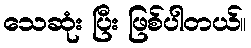
သေဆုံး ပြီး ဖြစ်ပါတယ်။